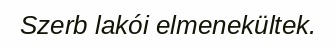
Szerb lakói elmenekültek.